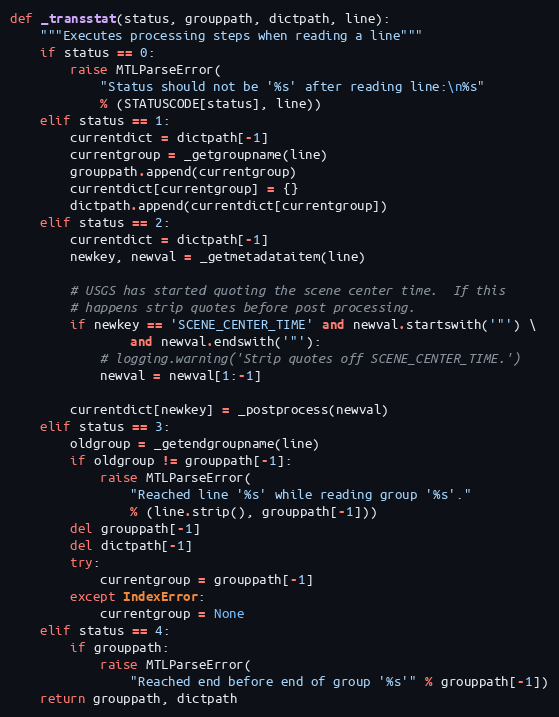
Language: Python
def _transstat(status, grouppath, dictpath, line):
    """Executes processing steps when reading a line"""
    if status == 0:
        raise MTLParseError(
            "Status should not be '%s' after reading line:\n%s"
            % (STATUSCODE[status], line))
    elif status == 1:
        currentdict = dictpath[-1]
        currentgroup = _getgroupname(line)
        grouppath.append(currentgroup)
        currentdict[currentgroup] = {}
        dictpath.append(currentdict[currentgroup])
    elif status == 2:
        currentdict = dictpath[-1]
        newkey, newval = _getmetadataitem(line)

        # USGS has started quoting the scene center time.  If this
        # happens strip quotes before post processing.
        if newkey == 'SCENE_CENTER_TIME' and newval.startswith('"') \
                and newval.endswith('"'):
            # logging.warning('Strip quotes off SCENE_CENTER_TIME.')
            newval = newval[1:-1]

        currentdict[newkey] = _postprocess(newval)
    elif status == 3:
        oldgroup = _getendgroupname(line)
        if oldgroup != grouppath[-1]:
            raise MTLParseError(
                "Reached line '%s' while reading group '%s'."
                % (line.strip(), grouppath[-1]))
        del grouppath[-1]
        del dictpath[-1]
        try:
            currentgroup = grouppath[-1]
        except IndexError:
            currentgroup = None
    elif status == 4:
        if grouppath:
            raise MTLParseError(
                "Reached end before end of group '%s'" % grouppath[-1])
    return grouppath, dictpath